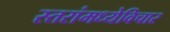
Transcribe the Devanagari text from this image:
स्तरांमध्येविचार